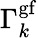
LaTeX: \Gamma_{k}^{\mathrm{gf}}